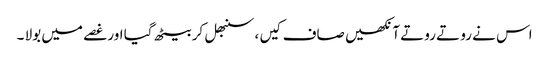
اس نے رو تے روتے آنکھیں صاف کیں ، سنبھل کر بیٹھ گیا اور غصے میں بولا ۔